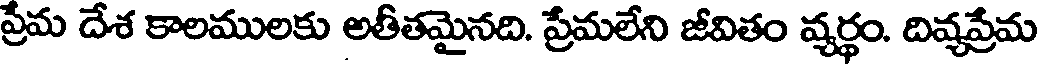
ప్రేమ దేశ కాలములకు అతీతమైనది. ప్రేమలేని జీవితం వ్యర్థం. దివ్యప్రేమ